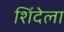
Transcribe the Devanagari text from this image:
शिंदेला